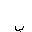
Letter: _ba